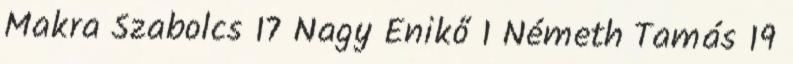
Makra Szabolcs 17 Nagy Enikő 1 Németh Tamás 19